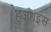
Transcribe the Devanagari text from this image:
हुआ।इस